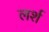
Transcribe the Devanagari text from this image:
लर्श